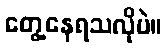
တွေ့နေရသလိုပဲ။